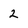
Character: 2